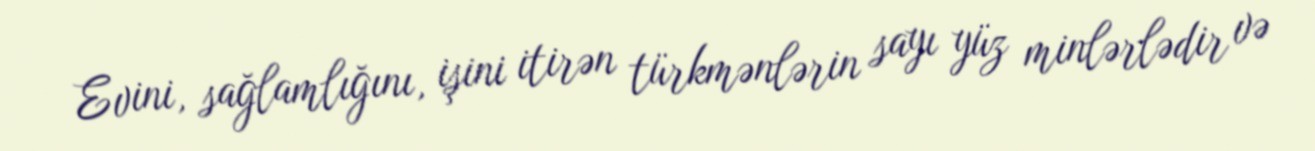
Evini, sağlamlığını, işini itirən türkmənlərin sayı yüz minlərlədir və